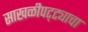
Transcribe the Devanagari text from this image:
साखळीपट्ट्याचा